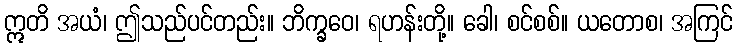
ဣတိ အယံ၊ ဤသည်ပင်တည်း။ ဘိက္ခဝေ၊ ရဟန်းတို့။ ခေါ၊ စင်စစ်။ ယတောစ၊ အကြင်